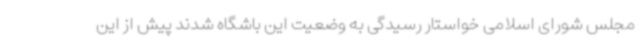
مجلس شورای اسلامی خواستار رسیدگی به وضعیت این باشگاه شدند پیش از این